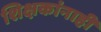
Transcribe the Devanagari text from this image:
शिक्षकांनाही